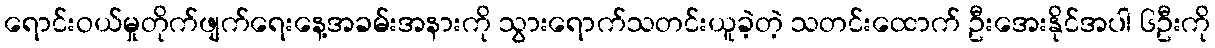
ရောင်းဝယ်မှုတိုက်ဖျက်ရေးနေ့အခမ်းအနားကို သွားရောက်သတင်းယူခဲ့တဲ့ သတင်းထောက် ဦးအေးနိုင်အပါ ၆ဦးကို